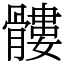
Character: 髏